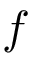
f